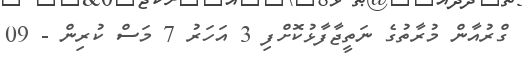
ގްރުއާން މުރާތުގެ ނަތީޖާފާޅުކޮށްފި 3 އަހަރު 7 މަސް ކުރިން - 09